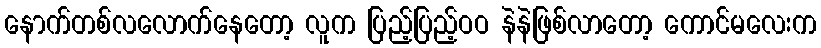
နောက်တစ်လလောက်နေတော့ လူက ပြည့်ပြည့်ဝဝ နဲနဲဖြစ်လာတော့ ကောင်မလေးက